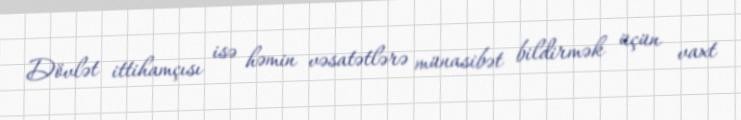
Dövlət ittihamçısı isə həmin vəsatətlərə münasibət bildirmək üçün vaxt